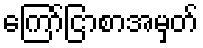
ကြော်ငြာစာအမှတ်